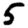
Digit: 5